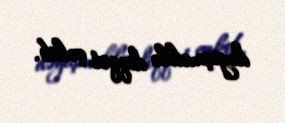
dəyişməklə diqqət çəkib.